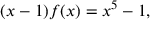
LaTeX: ( x - 1 ) f ( x ) = x ^ { 5 } - 1 ,